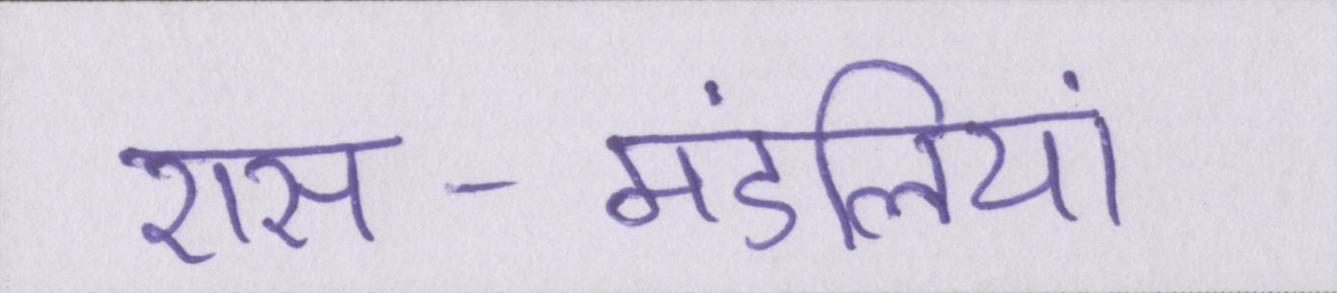
रास-मंडलियां